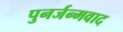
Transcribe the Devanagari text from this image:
पुनर्जन्मवाद